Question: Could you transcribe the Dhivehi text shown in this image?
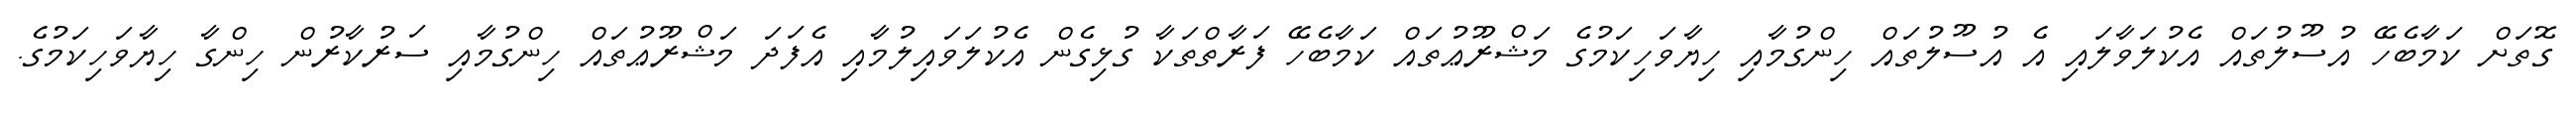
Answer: ގޮތަށް ކަމާބެހޭ އުސޫލުތައް އެކުލަވާލައި އެ އުސޫލުތައް ހިންގުމާއި ހިޔާވަހިކަމުގެ މަޝްރޫޢުތައް ކަމާބެހޭ ފަރާތްތަކާ ގުޅިގެން އެކުލަވައިލުމާއި އެފަދަ މަޝްރޫޢުތައް ހިންގުމާއި ސަރުކާރުން ހިންގާ ހިޔާވަހިކަމުގެ.